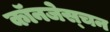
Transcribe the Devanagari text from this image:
कॉनजेस्चन